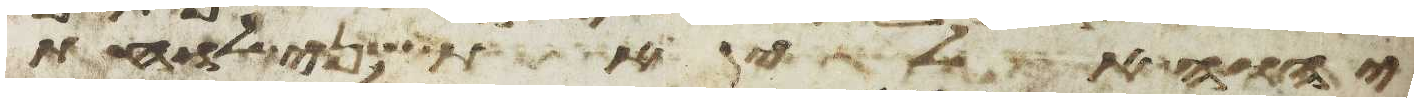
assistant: יהוה אלי את שני לוחת